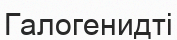
Галогенидті